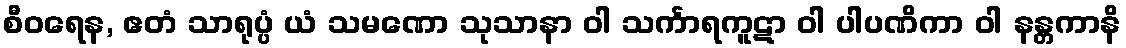
စီဝရေန, ဧတံ သာရုပ္ပံ ယံ သမဏော သုသာနာ ဝါ သင်္ကာရကူဋာ ဝါ ပါပဏိကာ ဝါ နန္တကာနိ